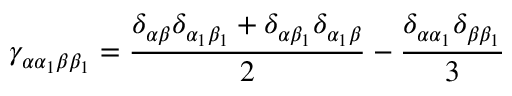
\gamma _ { \alpha \alpha _ { 1 } \beta \beta _ { 1 } } = \frac { \delta _ { \alpha \beta } \delta _ { \alpha _ { 1 } \beta _ { 1 } } + \delta _ { \alpha \beta _ { 1 } } \delta _ { \alpha _ { 1 } \beta } } { 2 } - \frac { \delta _ { \alpha \alpha _ { 1 } } \delta _ { \beta \beta _ { 1 } } } { 3 }